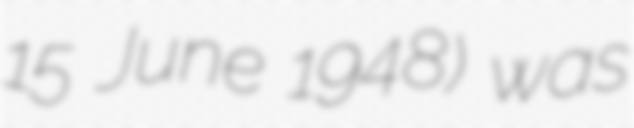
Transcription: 15 June 1948) was